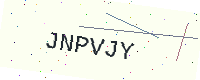
Text: JNPVJY